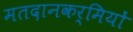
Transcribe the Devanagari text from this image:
मतदानकर्मियों